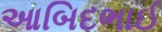
આબિદભાઈ